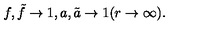
f , \tilde { f } \to 1 , a , \tilde { a } \to 1 ( r \to \infty ) .